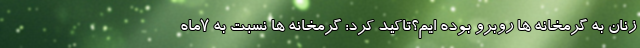
زنان به گرمخانه ها روبرو بوده ایم؟تاکید کرد: گرمخانه ها نسبت به ۷ماه